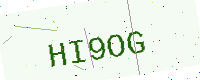
Text: HI9OG